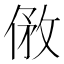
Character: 𠊮